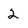
Character: 2